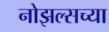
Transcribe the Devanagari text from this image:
नोझल्सच्या